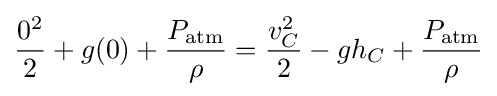
{0^{2} \over 2}+g(0)+{P_{\mathrm {atm} } \over \rho }={v_{C}^{2} \over 2}-gh_{C}+{P_{\mathrm {atm} } \over \rho }